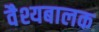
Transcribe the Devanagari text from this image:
वैश्यबालक